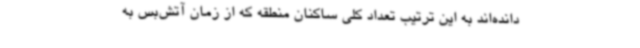
دانده‌اند به این ترتیب تعداد کلی ساکنان منطقه که از زمان آتش‌بس به